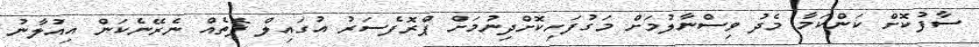
ސާފުކޮށް ކަންކަމާ މެދު ވިސްނާލުމަށް މަގުފަހިކޮށްދިނުމަށް ޕްރޮފެސަރު އުގައިލް ފޮތެއް ނެރޭނެކަން އިއުލާނު